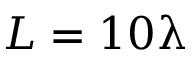
L = 1 0 \uplambda